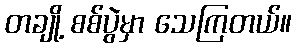
တချို့ စစ်ပွဲမှာ သေကြတယ်။